Plague in India, 1896, 1897 - Volume 3
Year: 1896
Disease focus: Plague
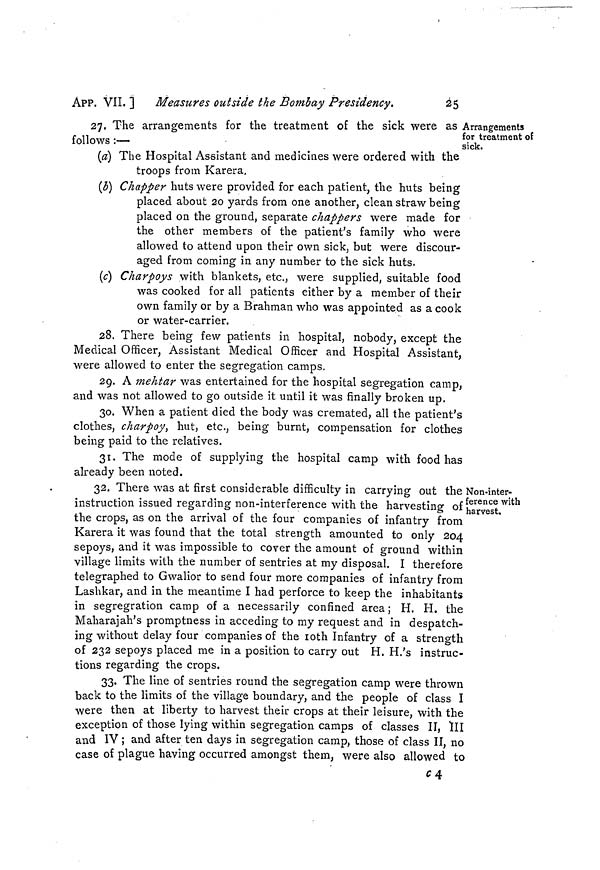
APP. VII. ]
Measures outside the Bombay Presidency.
¿5
Arrangements
for treatment of
sick.
27. The arrangements for the treatment of the sick were as
follows :—
(a) The Hospital Assistant and medicines were ordered with the
troops from Karera.
(b) Chapper huts were provided for each patient, the huts being
placed about 20 yards from one another, clean straw being
placed on the ground, separate chappers were made for
the other members of the patient's family who were
allowed to attend upon their own sick, but were discour-
aged from coming in any number to the sick huts.
(c) Charpoys with blankets, etc., were supplied, suitable food
was cooked for all patients either by a member of their
own family or by a Brahman who was appointed as a cook
or water-carrier.
28. There being few patients in hospital, nobody, except the
Medical Officer, Assistant Medical Officer and Hospital Assistant,
were allowed to enter the segregation camps.
29. A mehtar was entertained for the hospital segregation camp,
and was not allowed to go outside it until it was finally broken up.
30. When a patient died the body was cremated, all the patient's
clothes, charpoy hut, etc., being burnt, compensation for clothes
being paid to the relatives.
31. The mode of supplying the hospital camp with food has
already been noted.
Non-inter-
ference with
harvest.
32. 1 here was at first considerable dítíiculty in carrying out the :
instruction issued regarding non-interference with the harvesting of'
the crops, as on the arrival of the four companies of infantry from
Karera it was found that the total strength amounted to only 204
sepoys, and it was impossible to cover the amount of ground within
village limits with the number of sentries at my disposal. I therefore
telegraphed to Gwalior to send four more companies of infantry from
Lashkar, and in the meantime I had perforce to keep the inhabitants
in segregration camp of a necessarily confined area ; H. H. the
Maharajah's promptness in acceding to my request and in despatch-
ing without delay four companies of the 1oth Infantry of a strength
of 232 sepoys placed me in a position to carry out H. H.'s instruc-
tions regarding the crops.
33. The line of sentries round the segregation camp were thrown
back to the limits of the village boundary, and the people of class I
were then at liberty to harvest their crops at their leisure, with the
exception of those lying within segregation camps of classes II, 111
and IV ; and after ten days in segregation camp, those of class II, no
case of plague having occurred amongst them, were also allowed to
C4